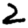
Digit: 2